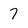
Character: 7